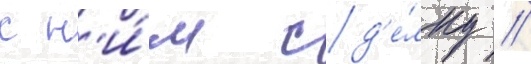
с н'и́м сд'е́лку //